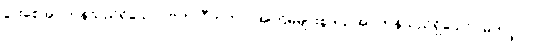
ပွားစေအပ်ကုန်သည်ရှိသော်။ ဗဟုလီကတာ၊ အကြိမ်များစွာပြု အပ်ကုန်သည်ရှိသော်။ မဟပ္ဖလာ၊